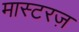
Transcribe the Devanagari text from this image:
मास्टरज़